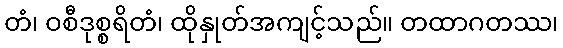
တံ၊ ဝစီဒုစ္စရိတံ၊ ထိုနှုတ်အကျင့်သည်။ တထာဂတဿ၊